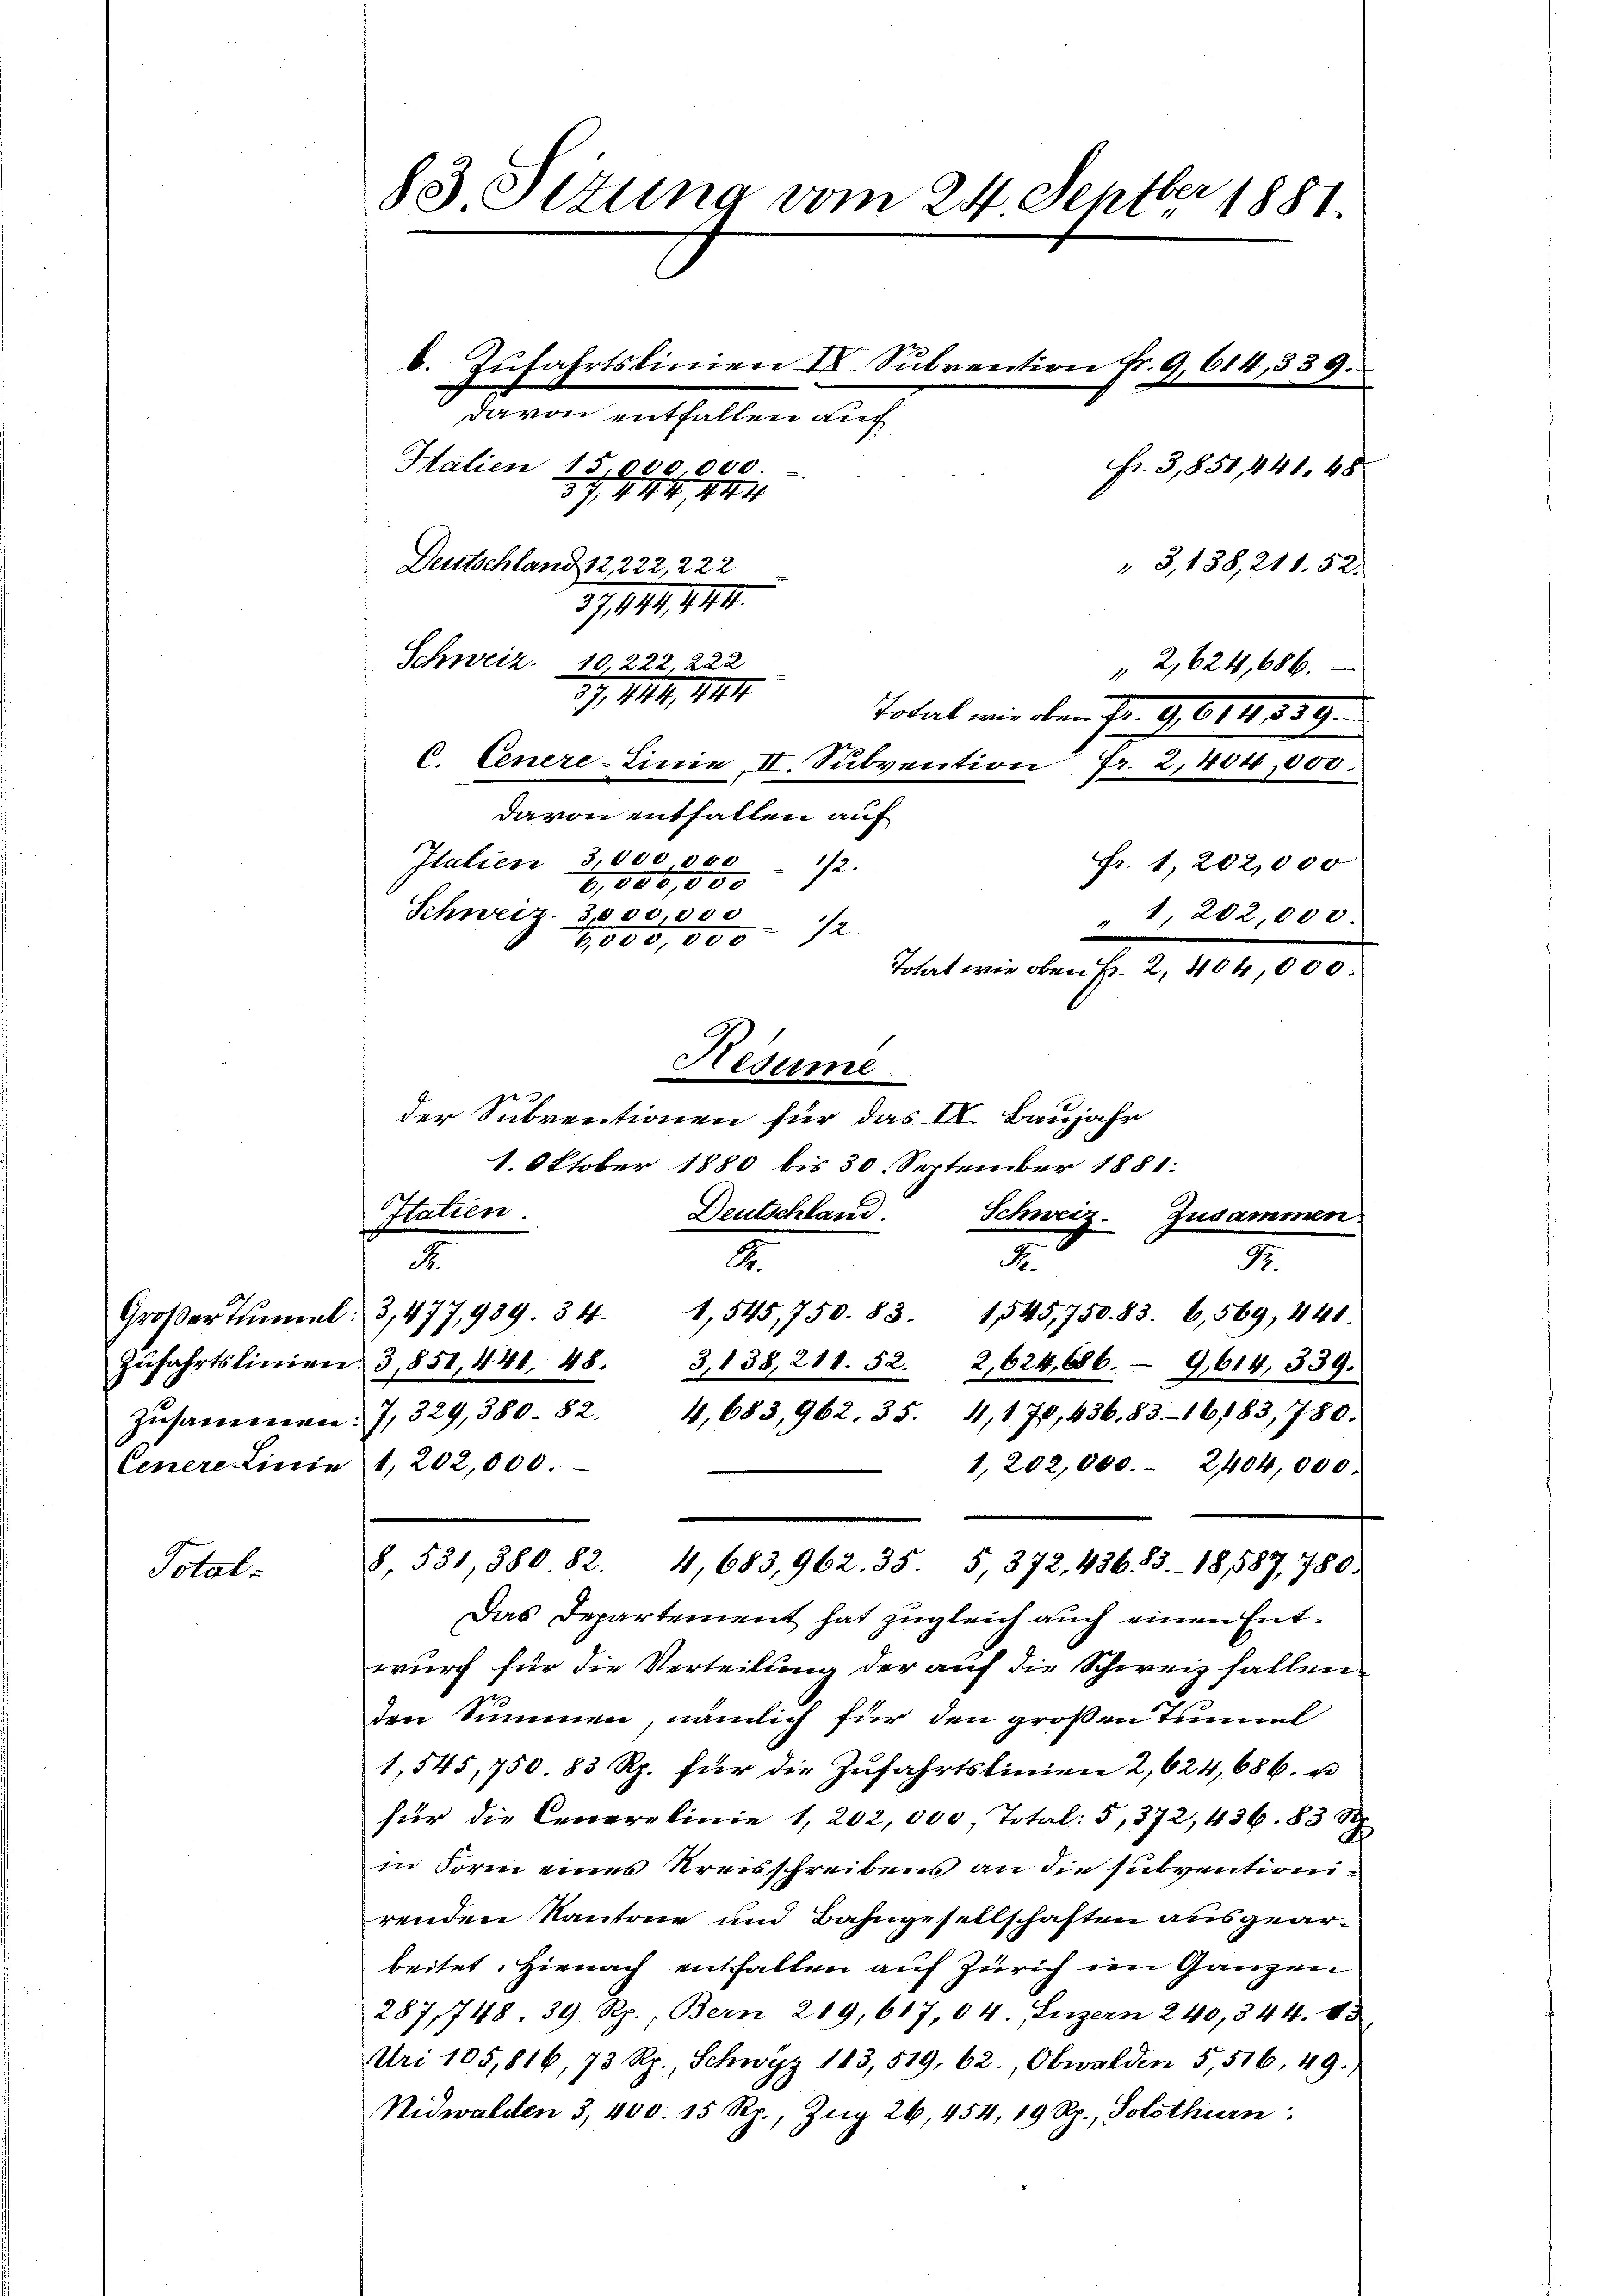
Total-

83 Sizung vom 24. Septbr 1881.

b. Zufahrtslinien IV Subrention Fr. 9, 614,333.
davon entfallen auf
Halien 15000000.
57/4 114, 414
Deutschland 12222, 222
" 3, 138, 211. 52.
39, 141. III.
Schweiz. 10,222, 222
" 2,624,686.
27, 114, 441.
Todal mir oben Fr. 9. 614. 539.
C. Genere-Linie, II. Subvention Fr. 2,400,000.
davon entfallen auf
Italien 3,000 000 - 172.
Fr. 1, 202,000
6,800,000
Schweiz. 3000,000
" 1, 202,000
72.
2,000,000
Patent mir den S. 2, 100,000.
Hesume
22
der Subventionen für das II. Baujahr
1. Oktober 1880 bis 30 September 1881
Italien.
Deutschland. Schweiz. Zusammen
2
F.
.
Groβer Tŭnel. 3, 477,939. 34. 1,545,750. 83. 1545,750. 83. 6,569, 441.
Zŭfahrtslinien. 3, 851, 441. 48.
3,138, 211. 52. 2,624, 686. 9,614, 339.
Zusammen: 7, 329, 380. 82. 4,683, 962. 35. 4, 170, 436,83-16183, 780.
Cenere Linie 1, 202,000.
1,202,000. 2404,000.
8, 531, 380. 82. 4,683,962. 35. 5, 372, 43683. 18,587, 780.
Das Departement hat zugleich auch einen Entwurf für die Verteilung der auf die Schweiz fallen
den Summen, nämlich für den großen Tunnel
1,545,750. 83 Rp. für die Zŭfahrtslinien 2, 624,686. u
für die Centretinie 1, 202, 000, Total: 5, 372, 436. 83 Rp.
in Form eines Kreisschreibens an die subvention
renden Kantone und Bahngesellschaften ausgearbeitet. Hienach entfallen auf Zürich im Ganzen
287/748. 39 Rp., Bern 219, 617,04. Luzern 240, 344. 43
Uri 105,816, 73 Rp., Schwyz 183, 519, 62., Obwalden 5, 516, 49.)
Nidwalden 3, 400. 15 Rp., Zug 26, 454, 19 Rp., Solothurn

fr. 3,851,441. 48

B.